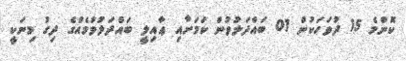
ކޮންމެ 15 ދުވަހަކުން 01 ބައްދަލުވުން ކަމަށާއި ޢާއިލީ ބައްދަލުވުމެއްގެ ދިގު މިނަކީ